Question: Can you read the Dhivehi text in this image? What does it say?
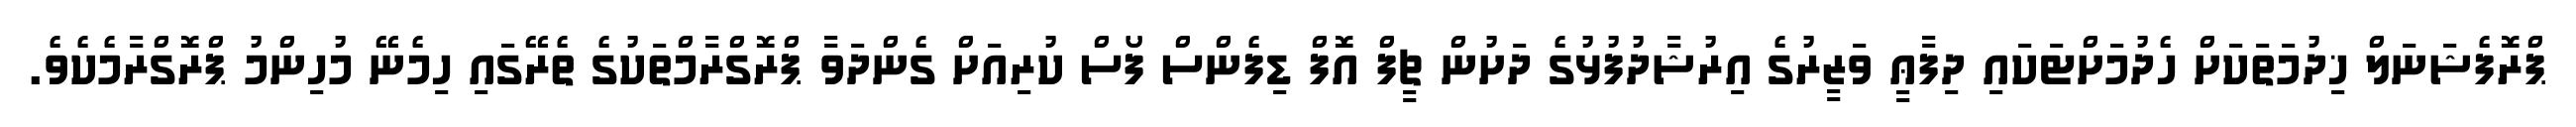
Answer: ޕްރޮފެޝަނަލް ޚިދުމަތަކަށް ހެދުމަށްޓަކައި ދިފާޢީ ވަޒީރުގެ އިރުޝާދުފުޅުގެ ދަށުން ޗީފް އޮފް ޑިފެންސް ފޯސް ކުރިއަށް ގެންދަވާ ޕްރޮގްރާމްތަކުގެ ތެރޭގައި ހިމެނޭ މުހިންމު ޕްރޮގްރާމެކެވެ.